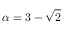
\alpha = 3 - { \sqrt { 2 } }